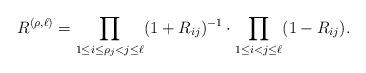
LaTeX: \begin{align*} R^{(\rho,\ell)} &= \prod_{1\leq i\leq \rho_j < j\leq \ell} (1+R_{ij})^{-1} \cdot \prod_{1\leq i<j\leq \ell} (1-R_{ij}) .\end{align*}